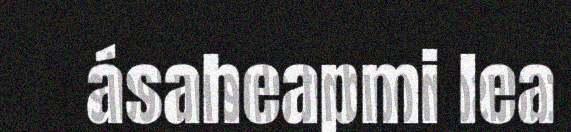
ásaheapmi lea